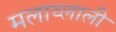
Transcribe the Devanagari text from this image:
मलाय्लाली